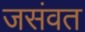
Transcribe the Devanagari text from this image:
जसंवत